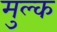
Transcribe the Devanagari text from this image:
मुल्‍क